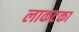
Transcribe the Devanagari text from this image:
लाकटका